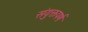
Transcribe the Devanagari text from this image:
संयुक्तपर्ण